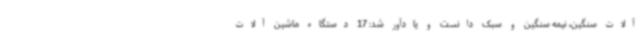
آلات سنگین، نیمه سنگین و سبک دانست و یادآور شد: 17 دستگاه ماشین آلات